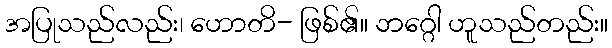
အပြုသည်လည်း၊ ဟောတိ- ဖြစ်၏။ ဘဂ္ဂေါ ဟူသည်တည်း။